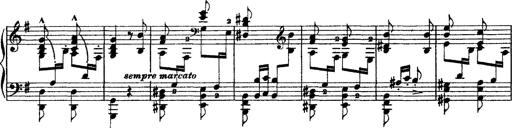
Title: Grandes Ã©tudes de Paganini
Composer: Franz Liszt